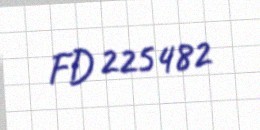
FD 225482